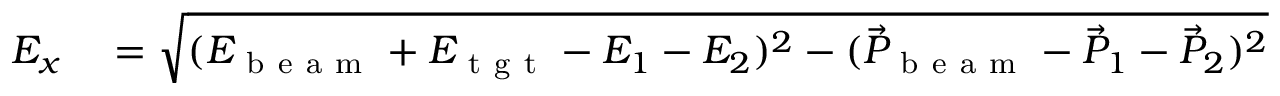
\begin{array} { r l } { E _ { x } } & { { } = \sqrt { ( E _ { \mathrm { ~ b ~ e ~ a ~ m ~ } } + E _ { \mathrm { ~ t ~ g ~ t ~ } } - E _ { 1 } - E _ { 2 } ) ^ { 2 } - ( \vec { P } _ { \mathrm { ~ b ~ e ~ a ~ m ~ } } - \vec { P } _ { 1 } - \vec { P } _ { 2 } ) ^ { 2 } } } \end{array}